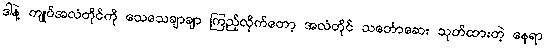
ဒါနဲ့ ကျုပ်အလံတိုင်ကို သေသေချာချာ ကြည့်လိုက်တော့ အလံတိုင် သင်္ဘောဆေး သုတ်ထားတဲ့ နေရာ